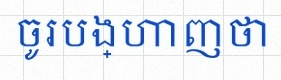
ចូរបង្ហាញថា